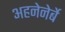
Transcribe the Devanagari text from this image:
अहनेनेर्बे